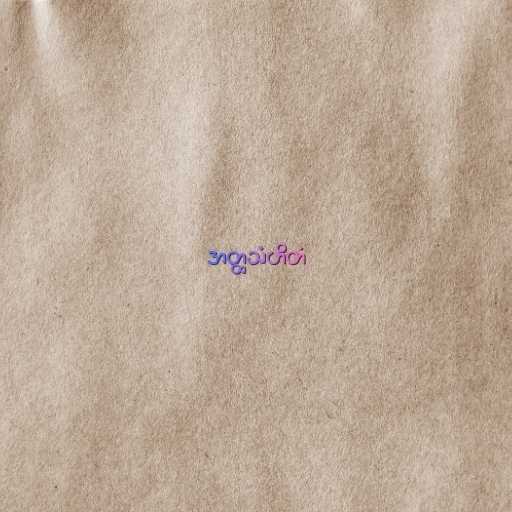
အတ္ထသံဟိတံ